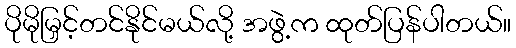
ပိုမိုမြှင့်တင်နိုင်မယ်လို့ အဖွဲ့က ထုတ်ပြန်ပါတယ်။